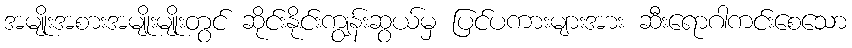
အမျိုးအစားအမျိုးမျိုးတွင် ဆိုင်းနိုင်းကျွန်းဆွယ်မှ ပြင်ပကားများအား ဆီးရောဂါကင်းစေသော